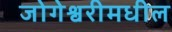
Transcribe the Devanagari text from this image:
जोगेश्वरीमधील